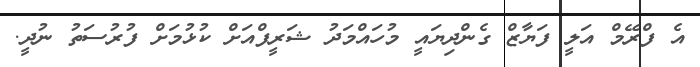
އެ ފްރޭމް އަލީ ފަޔާޒް ގެންދިޔައީ މުހައްމަދު ޝަރީފްއަށް ކުޅުމަށް ފުރުސަތު ނުދީ.